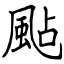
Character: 颭